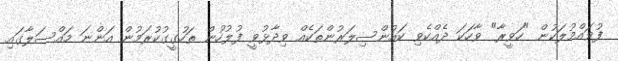
ފުވައްމުލަކުން "ހަވީރާ" ވާހަކަ ދެއްކެވި ކައުންސިލަރުންތަކެއް ވިދާޅުވީ ފުލުހުން ތަހުގީގުކުރަމުން އަންނަ މައްސަލާގައި